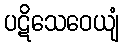
ပဋိသေဝေယျံ